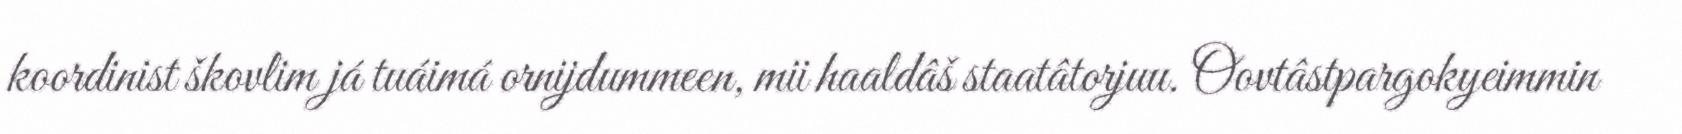
koordinist škovlim já tuáimá ornijdummeen, mii haaldâš staatâtorjuu. Oovtâstpargokyeimmin